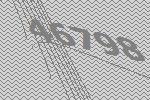
46798